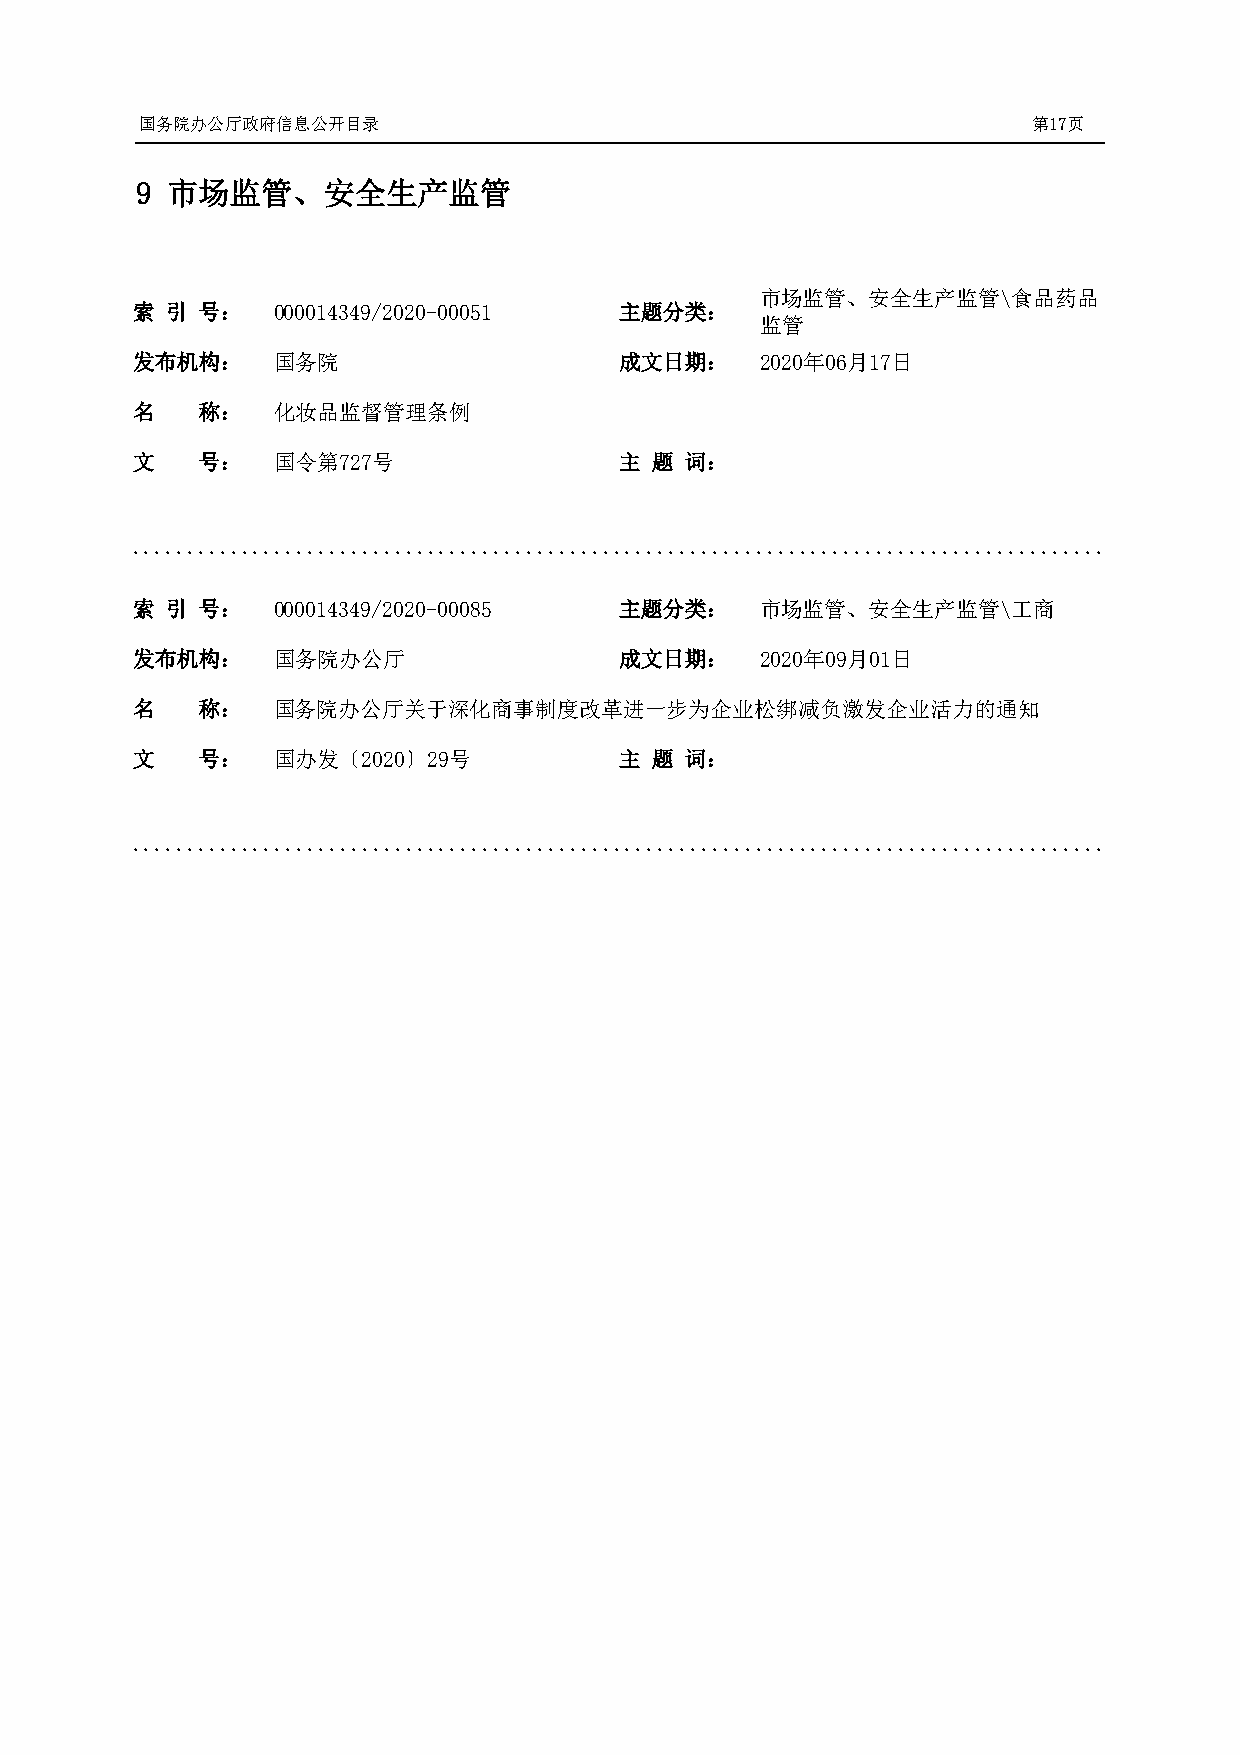
国务院办公厅政府信息公开目录                                             第17页
 9 市场监管、安全生产监管
 市场监管、安全生产监管\食品药品
 索 引 号：   000014349/2020-00051   主题分类：
 监管
 发布机构：    国务院                    成文日期：    2020年06月17日
 名   称：   化妆品监督管理条例
 文   号：   国令第727号                主 题 词：
 .........................................................................................
 索 引 号：   000014349/2020-00085   主题分类：    市场监管、安全生产监管\工商
 发布机构：    国务院办公厅                 成文日期：    2020年09月01日
 名   称：   国务院办公厅关于深化商事制度改革进一步为企业松绑减负激发企业活力的通知
 文   号：   国办发〔2020〕29号           主 题 词：
 .........................................................................................